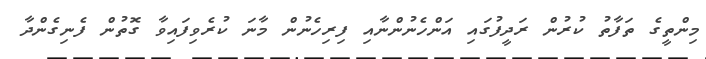
މިންތީގެ ތަފާތު ކުރުން ރަދީފުގައި އަންހެނުންނާއިި ފިރިހެނުންް މާނަ ކުރެވިފައިވާ ގޮތުން ފެނިގެންދާ